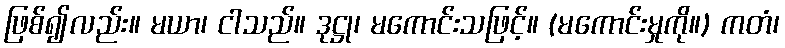
ဖြစ်၍လည်း။ မယာ၊ ငါသည်။ ဒုဋ္ဌု၊ မကောင်းသဖြင့်။ (မကောင်းမှုကို။) ကတံ၊